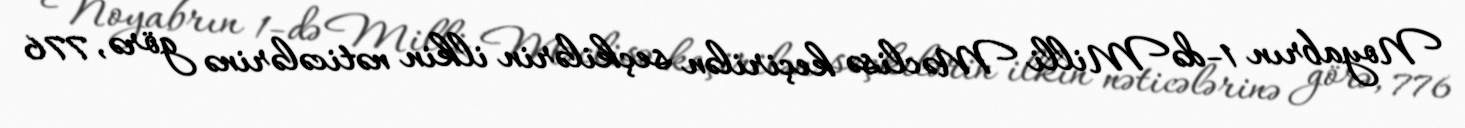
Noyabrın 1-də Milli Məclisə keçirilən seçkilərin ilkin nəticələrinə görə, 776